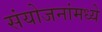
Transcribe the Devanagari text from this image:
संयोजनांमध्ये